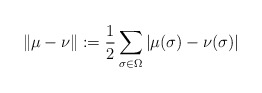
\begin{align*}\|\mu-\nu\|:=\frac 12 \sum_{\sigma \in \Omega} |\mu(\sigma)-\nu(\sigma)|\end{align*}